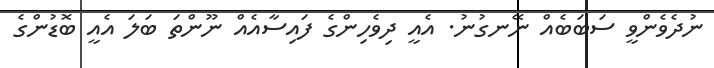
ނުދެވެންވީ ސަބަބެއް ނޭނގުނު. އެއީ ދިވެހިންގެ ފައިސާއެއް ނޫންތަ ބަލަ އެއީ ބޮޑުންގެ